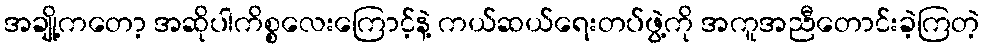
အချို့ကတော့ အဆိုပါကိစ္စလေးကြောင့်နဲ့ ကယ်ဆယ်ရေးတပ်ဖွဲ့ကို အကူအညီတောင်းခဲ့ကြတဲ့